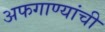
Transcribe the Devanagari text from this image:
अफगाण्यांची